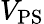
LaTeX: V_{\mathrm{PS}}